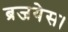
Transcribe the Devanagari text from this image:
ब्रजयेस।